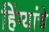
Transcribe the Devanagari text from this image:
हिंग्यांचे